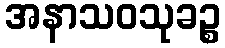
အနာသဝသုခဉ္စ